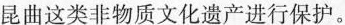
昆曲这类非物质文化遗产进行保护。